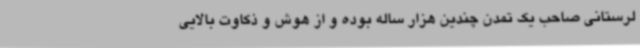
لرستانی صاحب یک تمدن چندین هزار ساله بوده و از هوش و ذکاوت بالایی